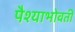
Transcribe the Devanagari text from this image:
पैश्याभोवती